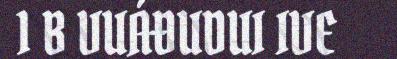
1 B VUÁĐUDUI IVE